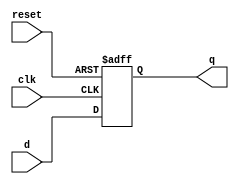
module dff(d,clk,reset,q);
input d, clk, reset;
output q;
reg q;

always@(posedge clk or posedge reset)
	if(reset)
 		q <= 1'b0;
	else
		q <= d;

endmodule